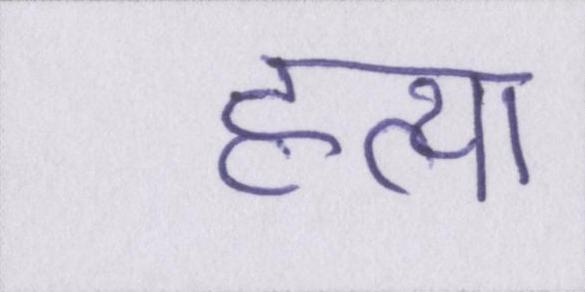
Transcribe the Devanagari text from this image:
हत्या